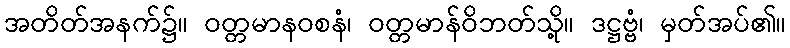
အတိတ်အနက်၌။ ဝတ္တမာနဝစနံ၊ ဝတ္တမာန်ဝိဘတ်သို့။ ဒဋ္ဌဗ္ဗံ၊ မှတ်အပ်၏။